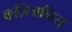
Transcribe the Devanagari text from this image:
कज़िअनिस्